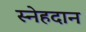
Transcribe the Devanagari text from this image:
स्नेहदान